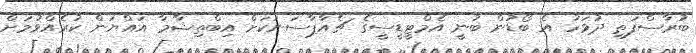
ބުރާސްފަތި ދުވަހު އެ ބޯޑުން ބުނީ އެމްޓީޑީސީގެ ޗެއާޕާސަނަކަށް އިބްތިޝާމާ އައްޔަން ކުރެއްވުމަށް